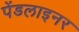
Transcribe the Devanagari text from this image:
पेंडलाइनर